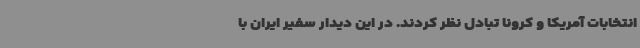
انتخابات آمریکا و کرونا تبادل نظر کردند. در این دیدار سفیر ایران با